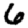
Digit: 6